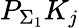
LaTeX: P_{\Sigma_{1}}K_{j}